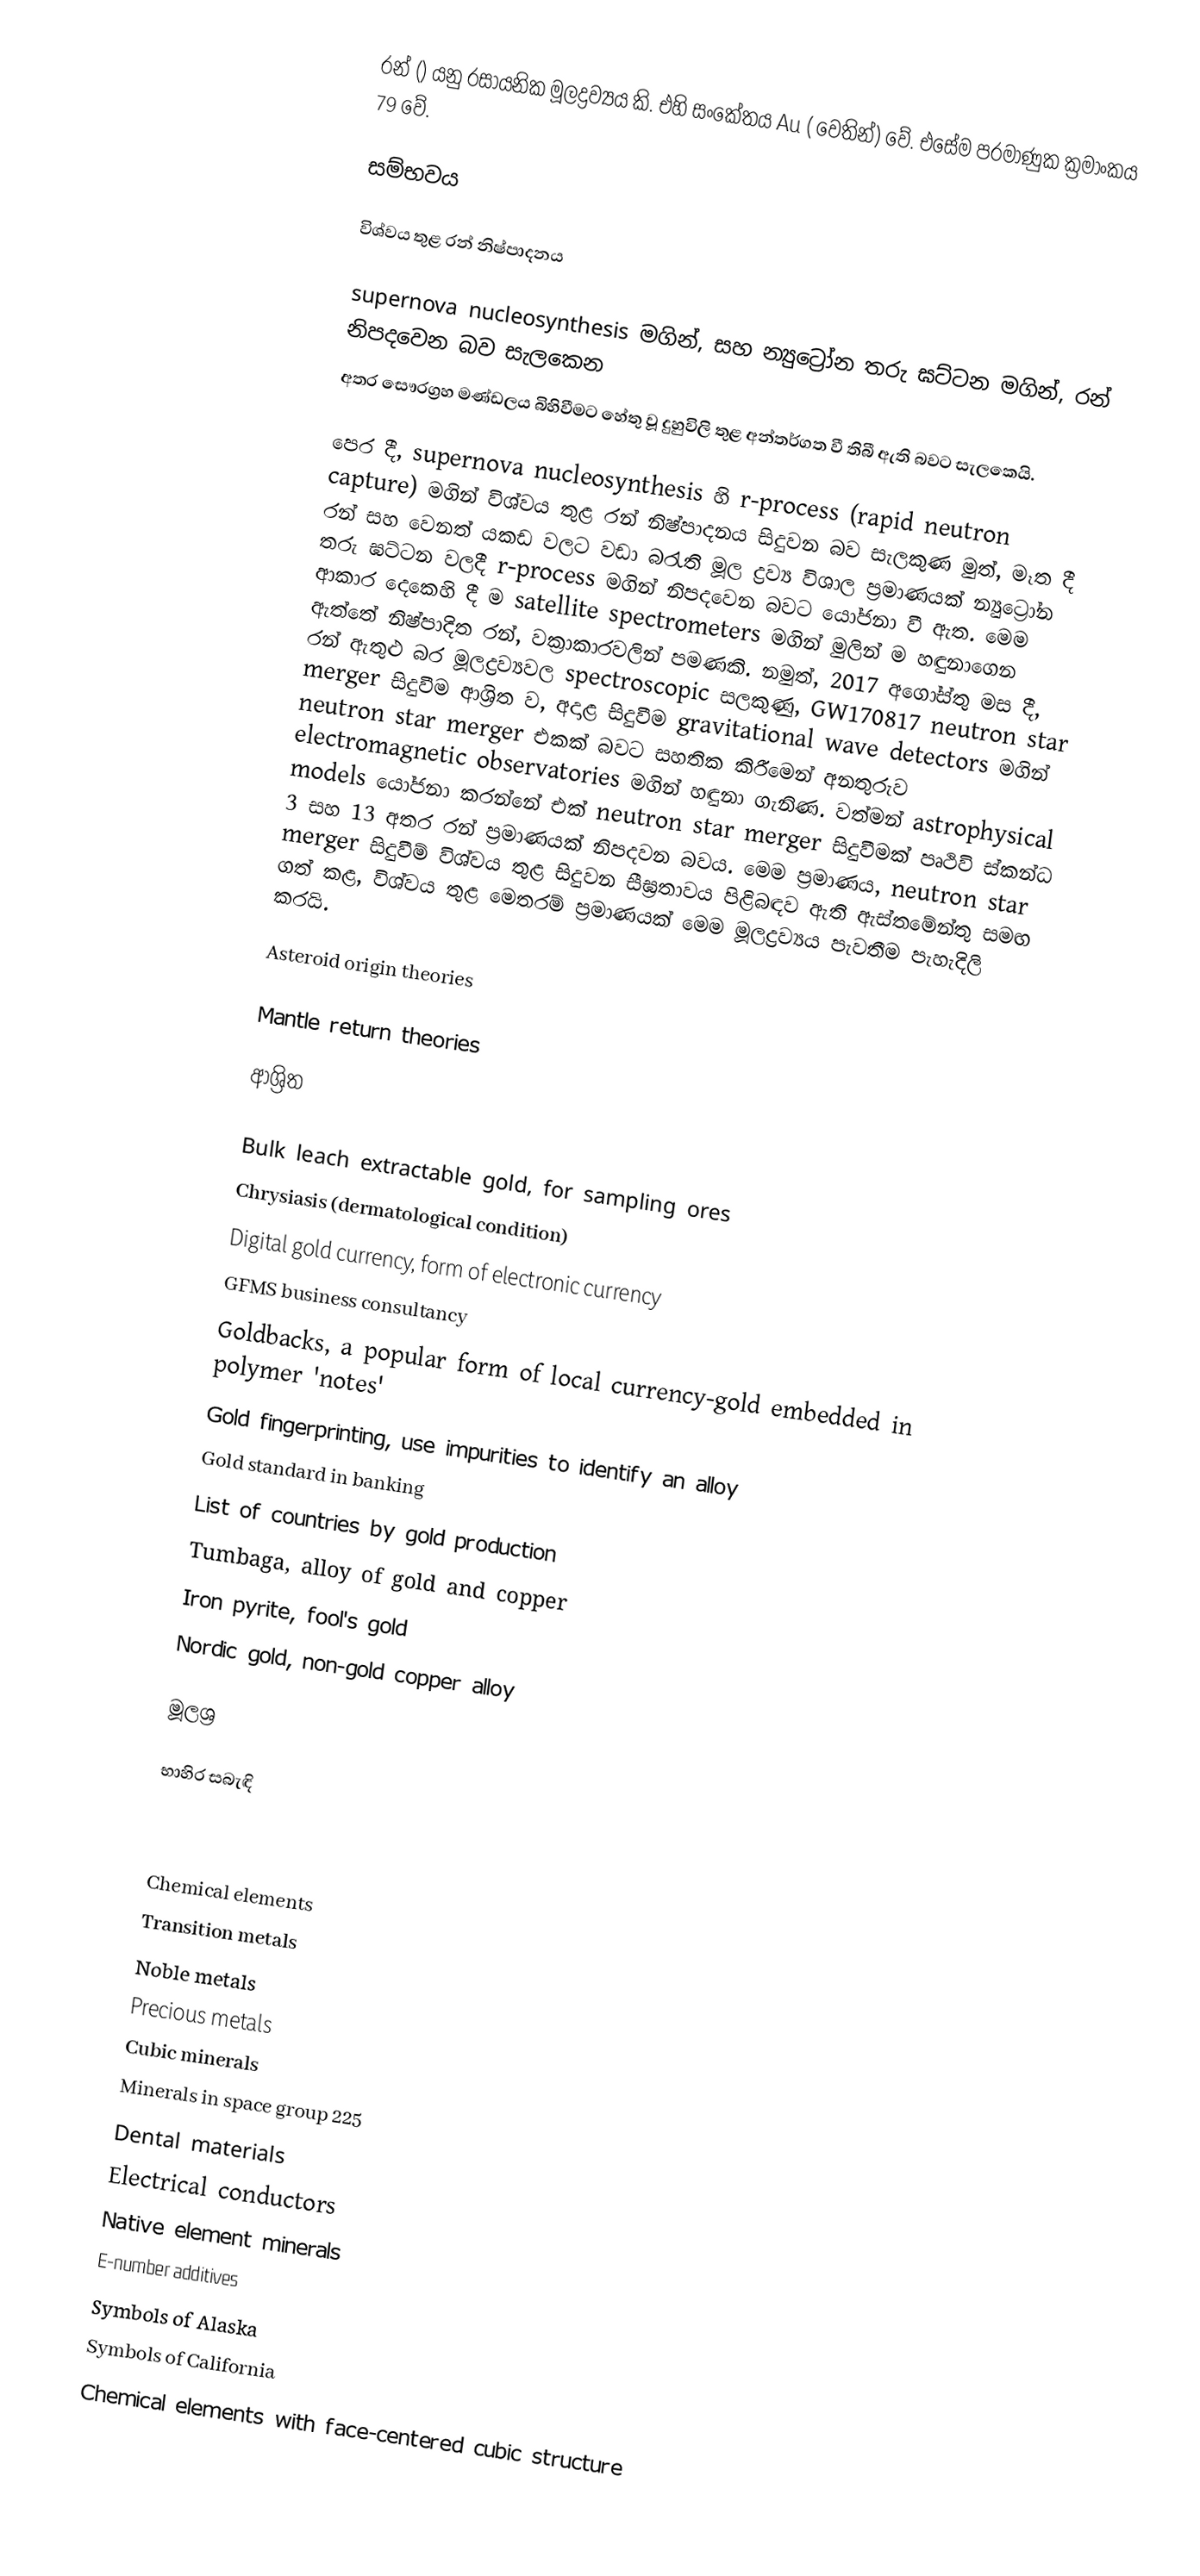
රන් () යනු රසායනික මූලද්‍රව්‍යය කි. එහි සංකේතය Au ( වෙතින්) වේ. එසේම පරමාණුක ක්‍රමාංකය 79 වේ.

සම්භවය

විශ්වය තුළ රන් නිෂ්පාදනය

supernova nucleosynthesis මගින්, සහ න්‍යුට්‍රෝන තරු ඝට්ටන මගින්, රන් නිපදවෙන බව සැලකෙන
අතර සෞරග්‍රහ මණ්ඩලය බිහිවීමට හේතු වූ දුහුවිලි තුළ අන්තර්ගත වී තිබී ඇති බවට සැලකෙයි.

පෙර දී, supernova nucleosynthesis හි r-process (rapid neutron capture) මගින් විශ්වය තුළ රන් නිෂ්පාදනය සිදුවන බව සැලකුණ මුත්, මෑත දී රන් සහ වෙනත් යකඩ වලට වඩා බරැති මූල ද්‍රව්‍ය විශාල ප්‍රමාණයක් න්‍යුට්‍රෝන තරු ඝට්ටන වලදී r-process මගින් නිපදවෙන බවට යෝජනා වී ඇත. මෙම ආකාර දෙකෙහි දී ම satellite spectrometers මගින් මුලින් ම හඳුනාගෙන ඇත්තේ නිෂ්පාදිත රන්, වක්‍රාකාරවලින් පමණකි. නමුත්, 2017 අගෝස්තු මස දී, රන් ඇතුළු බර මූලද්‍රව්‍යවල spectroscopic සලකුණු, GW170817 neutron star merger සිදුවීම ආශ්‍රිත ව, අදාළ සිදුවීම gravitational wave detectors මගින් neutron star merger එකක් බවට සහතික කිරීමෙන් අනතුරුව electromagnetic observatories මගින් හඳුනා ගැනිණ. වත්මන් astrophysical models යෝජනා කරන්නේ එක් neutron star merger සිදුවීමක් පෘථිවි ස්කන්ධ 3 සහ 13 අතර රන් ප්‍රමාණයක් නිපදවන බවය. මෙම ප්‍රමාණය, neutron star merger සිදුවීම් විශ්වය තුළ සිදුවන සීඝ්‍රතාවය පිළිබඳව ඇති ඇස්තමේන්තු සමඟ ගත් කළ, විශ්වය තුළ මෙතරම් ප්‍රමාණයක් මෙම මූලද්‍රව්‍යය පැවතීම පැහැදිලි කරයි.

Asteroid origin theories

Mantle return theories

ආශ්‍රිත

 Bulk leach extractable gold, for sampling ores
 Chrysiasis (dermatological condition)
 Digital gold currency, form of electronic currency
 GFMS business consultancy
 Goldbacks, a popular form of local currency-gold embedded in polymer 'notes'
 Gold fingerprinting, use impurities to identify an alloy
 Gold standard in banking
 List of countries by gold production
 Tumbaga, alloy of gold and copper
 Iron pyrite, fool's gold
 Nordic gold, non-gold copper alloy

මූලශ්‍ර

භාහිර සබැඳි

Chemical elements
Transition metals
Noble metals
Precious metals
Cubic minerals
Minerals in space group 225
Dental materials
Electrical conductors
Native element minerals
E-number additives
Symbols of Alaska
Symbols of California
Chemical elements with face-centered cubic structure